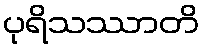
ပုရိသဿာတိ